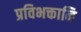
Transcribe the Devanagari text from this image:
प्रविभक्तानि